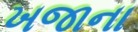
ખજાના